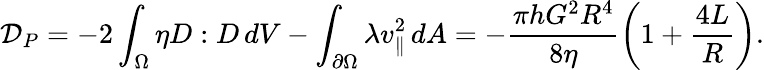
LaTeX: \mathcal{D}_{P}=-2\int_{\Omega}\eta D:D\, dV-\int_{\partial\Omega}\lambda v_{\parallel}^{2}\, dA=-\frac{\pi hG^{2}R^{4}}{8\eta}\left(1+\frac{4L}{R}\right).